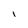
Character: I